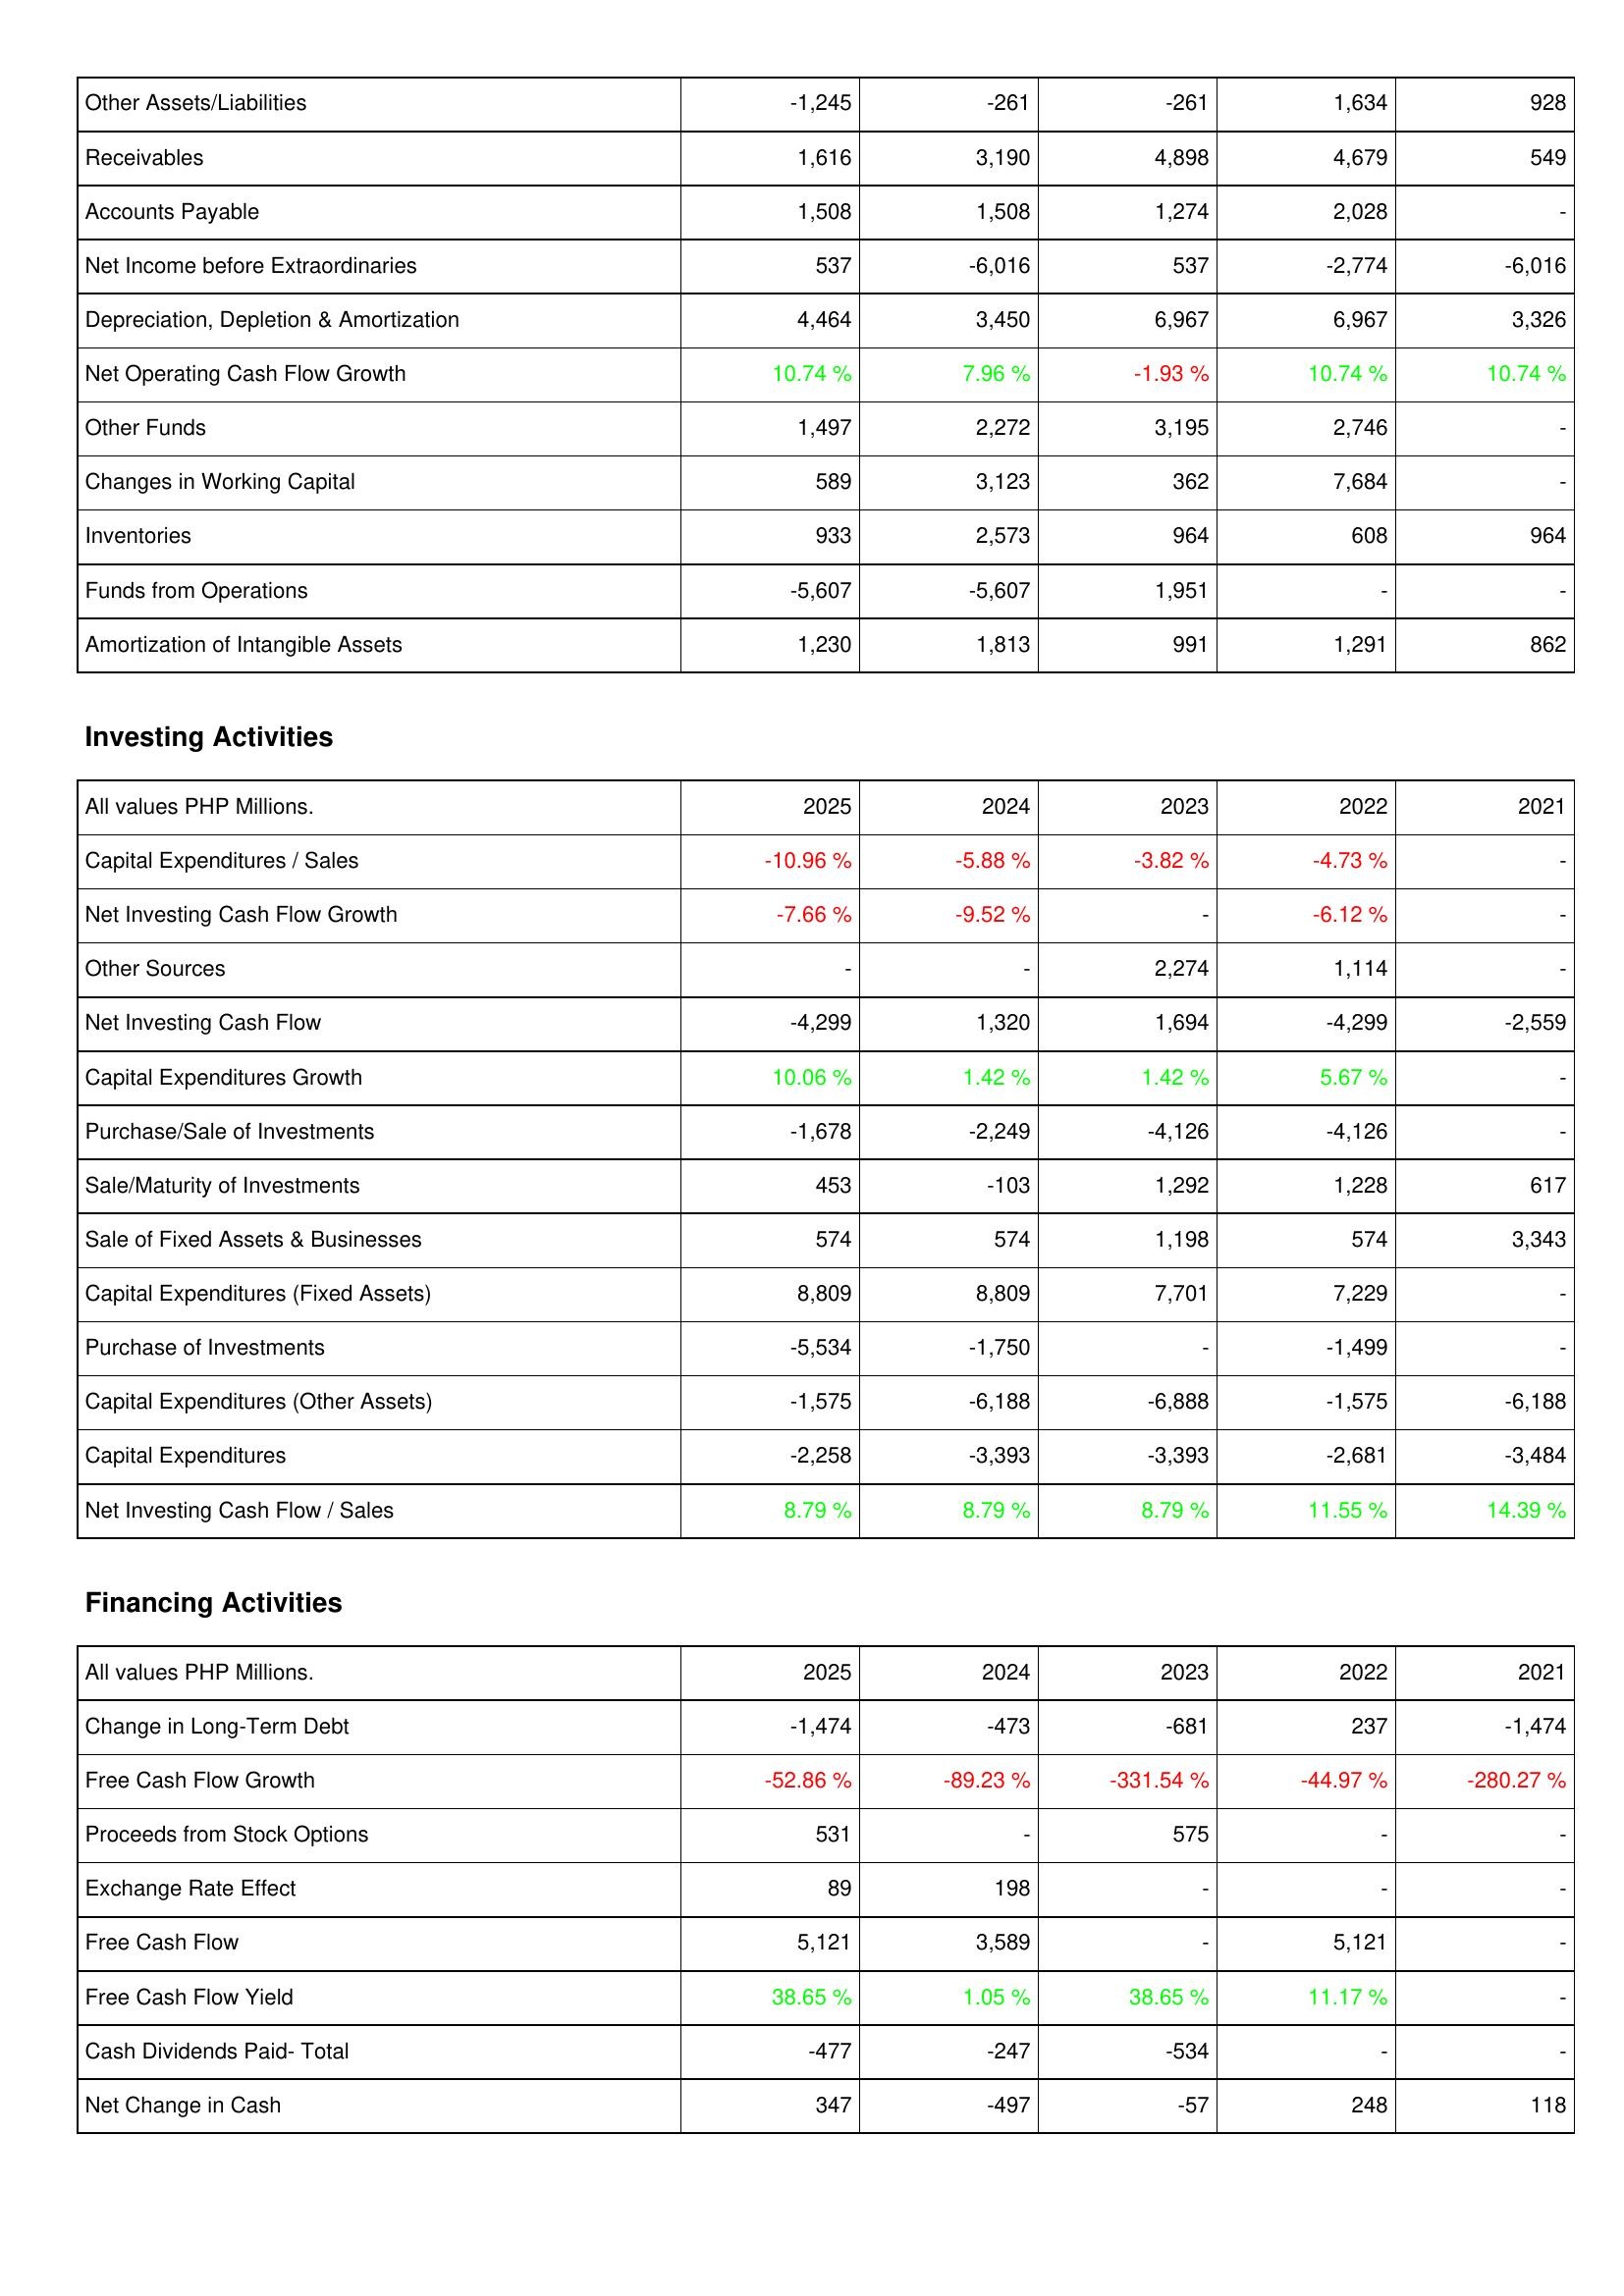
2025: Operating Activities: Other Assets/Liabilities: -1,245
Receivables: 1,616
Accounts Payable: 1,508
Net Income before Extraordinaries: 537
Depreciation, Depletion & Amortization: 4,464
Net Operating Cash Flow Growth: 10.74 %
Other Funds: 1,497
Changes in Working Capital: 589
Inventories: 933
Funds from Operations: -5,607
Amortization of Intangible Assets: 1,230
Investing Activities: Capital Expenditures / Sales: -10.96 %
Net Investing Cash Flow Growth: -7.66 %
Other Sources: -
Net Investing Cash Flow: -4,299
Capital Expenditures Growth: 10.06 %
Purchase/Sale of Investments: -1,678
Sale/Maturity of Investments: 453
Sale of Fixed Assets & Businesses: 574
Capital Expenditures (Fixed Assets): 8,809
Purchase of Investments: -5,534
Capital Expenditures (Other Assets): -1,575
Capital Expenditures: -2,258
Net Investing Cash Flow / Sales: 8.79 %
Financing Activities: Change in Long-Term Debt: -1,474
Free Cash Flow Growth: -52.86 %
Proceeds from Stock Options: 531
Exchange Rate Effect: 89
Free Cash Flow: 5,121
Free Cash Flow Yield: 38.65 %
Cash Dividends Paid- Total: -477
Net Change in Cash: 347
2024: Operating Activities: Other Assets/Liabilities: -261
Receivables: 3,190
Accounts Payable: 1,508
Net Income before Extraordinaries: -6,016
Depreciation, Depletion & Amortization: 3,450
Net Operating Cash Flow Growth: 7.96 %
Other Funds: 2,272
Changes in Working Capital: 3,123
Inventories: 2,573
Funds from Operations: -5,607
Amortization of Intangible Assets: 1,813
Investing Activities: Capital Expenditures / Sales: -5.88 %
Net Investing Cash Flow Growth: -9.52 %
Other Sources: -
Net Investing Cash Flow: 1,320
Capital Expenditures Growth: 1.42 %
Purchase/Sale of Investments: -2,249
Sale/Maturity of Investments: -103
Sale of Fixed Assets & Businesses: 574
Capital Expenditures (Fixed Assets): 8,809
Purchase of Investments: -1,750
Capital Expenditures (Other Assets): -6,188
Capital Expenditures: -3,393
Net Investing Cash Flow / Sales: 8.79 %
Financing Activities: Change in Long-Term Debt: -473
Free Cash Flow Growth: -89.23 %
Proceeds from Stock Options: -
Exchange Rate Effect: 198
Free Cash Flow: 3,589
Free Cash Flow Yield: 1.05 %
Cash Dividends Paid- Total: -247
Net Change in Cash: -497
2023: Operating Activities: Other Assets/Liabilities: -261
Receivables: 4,898
Accounts Payable: 1,274
Net Income before Extraordinaries: 537
Depreciation, Depletion & Amortization: 6,967
Net Operating Cash Flow Growth: -1.93 %
Other Funds: 3,195
Changes in Working Capital: 362
Inventories: 964
Funds from Operations: 1,951
Amortization of Intangible Assets: 991
Investing Activities: Capital Expenditures / Sales: -3.82 %
Net Investing Cash Flow Growth: -
Other Sources: 2,274
Net Investing Cash Flow: 1,694
Capital Expenditures Growth: 1.42 %
Purchase/Sale of Investments: -4,126
Sale/Maturity of Investments: 1,292
Sale of Fixed Assets & Businesses: 1,198
Capital Expenditures (Fixed Assets): 7,701
Purchase of Investments: -
Capital Expenditures (Other Assets): -6,888
Capital Expenditures: -3,393
Net Investing Cash Flow / Sales: 8.79 %
Financing Activities: Change in Long-Term Debt: -681
Free Cash Flow Growth: -331.54 %
Proceeds from Stock Options: 575
Exchange Rate Effect: -
Free Cash Flow: -
Free Cash Flow Yield: 38.65 %
Cash Dividends Paid- Total: -534
Net Change in Cash: -57
2022: Operating Activities: Other Assets/Liabilities: 1,634
Receivables: 4,679
Accounts Payable: 2,028
Net Income before Extraordinaries: -2,774
Depreciation, Depletion & Amortization: 6,967
Net Operating Cash Flow Growth: 10.74 %
Other Funds: 2,746
Changes in Working Capital: 7,684
Inventories: 608
Funds from Operations: -
Amortization of Intangible Assets: 1,291
Investing Activities: Capital Expenditures / Sales: -4.73 %
Net Investing Cash Flow Growth: -6.12 %
Other Sources: 1,114
Net Investing Cash Flow: -4,299
Capital Expenditures Growth: 5.67 %
Purchase/Sale of Investments: -4,126
Sale/Maturity of Investments: 1,228
Sale of Fixed Assets & Businesses: 574
Capital Expenditures (Fixed Assets): 7,229
Purchase of Investments: -1,499
Capital Expenditures (Other Assets): -1,575
Capital Expenditures: -2,681
Net Investing Cash Flow / Sales: 11.55 %
Financing Activities: Change in Long-Term Debt: 237
Free Cash Flow Growth: -44.97 %
Proceeds from Stock Options: -
Exchange Rate Effect: -
Free Cash Flow: 5,121
Free Cash Flow Yield: 11.17 %
Cash Dividends Paid- Total: -
Net Change in Cash: 248
2021: Operating Activities: Other Assets/Liabilities: 928
Receivables: 549
Accounts Payable: -
Net Income before Extraordinaries: -6,016
Depreciation, Depletion & Amortization: 3,326
Net Operating Cash Flow Growth: 10.74 %
Other Funds: -
Changes in Working Capital: -
Inventories: 964
Funds from Operations: -
Amortization of Intangible Assets: 862
Investing Activities: Capital Expenditures / Sales: -
Net Investing Cash Flow Growth: -
Other Sources: -
Net Investing Cash Flow: -2,559
Capital Expenditures Growth: -
Purchase/Sale of Investments: -
Sale/Maturity of Investments: 617
Sale of Fixed Assets & Businesses: 3,343
Capital Expenditures (Fixed Assets): -
Purchase of Investments: -
Capital Expenditures (Other Assets): -6,188
Capital Expenditures: -3,484
Net Investing Cash Flow / Sales: 14.39 %
Financing Activities: Change in Long-Term Debt: -1,474
Free Cash Flow Growth: -280.27 %
Proceeds from Stock Options: -
Exchange Rate Effect: -
Free Cash Flow: -
Free Cash Flow Yield: -
Cash Dividends Paid- Total: -
Net Change in Cash: 118